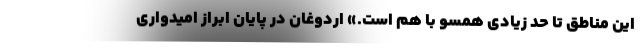
این مناطق تا حد زیادی همسو با هم است.» اردوغان در پایان ابراز امیدواری